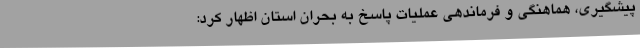
پیشگیری، هماهنگی و فرماندهی عملیات پاسخ به بحران استان اظهار کرد: